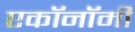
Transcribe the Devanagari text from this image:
एकॉनॉमी